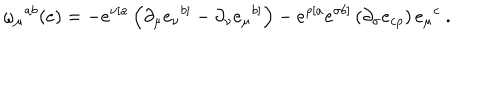
\omega _ { \mu } { } ^ { a b } ( e ) = - e ^ { \nu [ a } \left( \partial _ { \mu } e _ { \nu } { } ^ { b ] } - \partial _ { \nu } e _ { \mu } { } ^ { b ] } \right) - e ^ { \rho [ a } e ^ { \sigma b ] } \left( \partial _ { \sigma } e _ { c \rho } \right) e _ { \mu } { } ^ { c } \ .